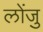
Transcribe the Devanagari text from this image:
लोंजु